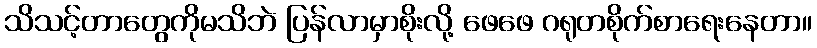
သိသင့်တာတွေကိုမသိဘဲ ပြန်လာမှာစိုးလို့ ဖေဖေ ဂရုတစိုက်စာရေးနေတာ။